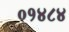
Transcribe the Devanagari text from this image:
०१४८४